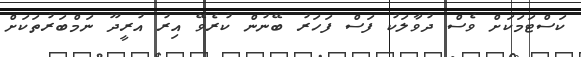
ކަސްޓަމަކަށް ވެސް ދުވާލަކު ފަސް ފަހަރު ބޭނުން ކުރެވޭ އިރު އުރީދޫ ނަމްބަރުތަކަށް